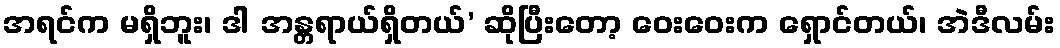
အရင်က မရှိဘူး၊ ဒါ အန္တရာယ်ရှိတယ်’ ဆိုပြီးတော့ ဝေးဝေးက ရှောင်တယ်၊ အဲဒီလမ်း